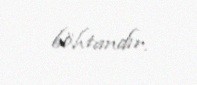
böhtandır.